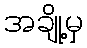
အချို့မှ